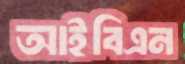
আইবিএন